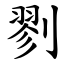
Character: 剹